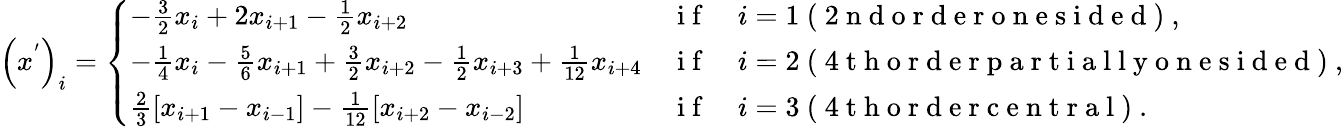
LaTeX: \left(x^{'}\right)_{i}=\left\{ \begin{array}{ll}{-\frac{3}{2}x_{i}+2x_{i+1}-\frac{1}{2}x_{i+2}}&{\mathrm{~i~f~}\quad i=1\mathrm{~(~2~n~d~o~r~d~e~r~o~n~e~s~i~d~e~d~)~},}\\ {-\frac{1}{4}x_{i}-\frac{5}{6}x_{i+1}+\frac{3}{2}x_{i+2}-\frac{1}{2}x_{i+3}+\frac{1}{12}x_{i+4}}&{\mathrm{~i~f~}\quad i=2\mathrm{~(~4~t~h~o~r~d~e~r~p~a~r~t~i~a~l~l~y~o~n~e~s~i~d~e~d~)~},}\\ {\frac{2}{3}\left[x_{i+1}-x_{i-1}\right]-\frac{1}{12}\left[x_{i+2}-x_{i-2}\right]}&{\mathrm{~i~f~}\quad i=3\mathrm{~(~4~t~h~o~r~d~e~r~c~e~n~t~r~a~l~)~}.}\end{array}\right.